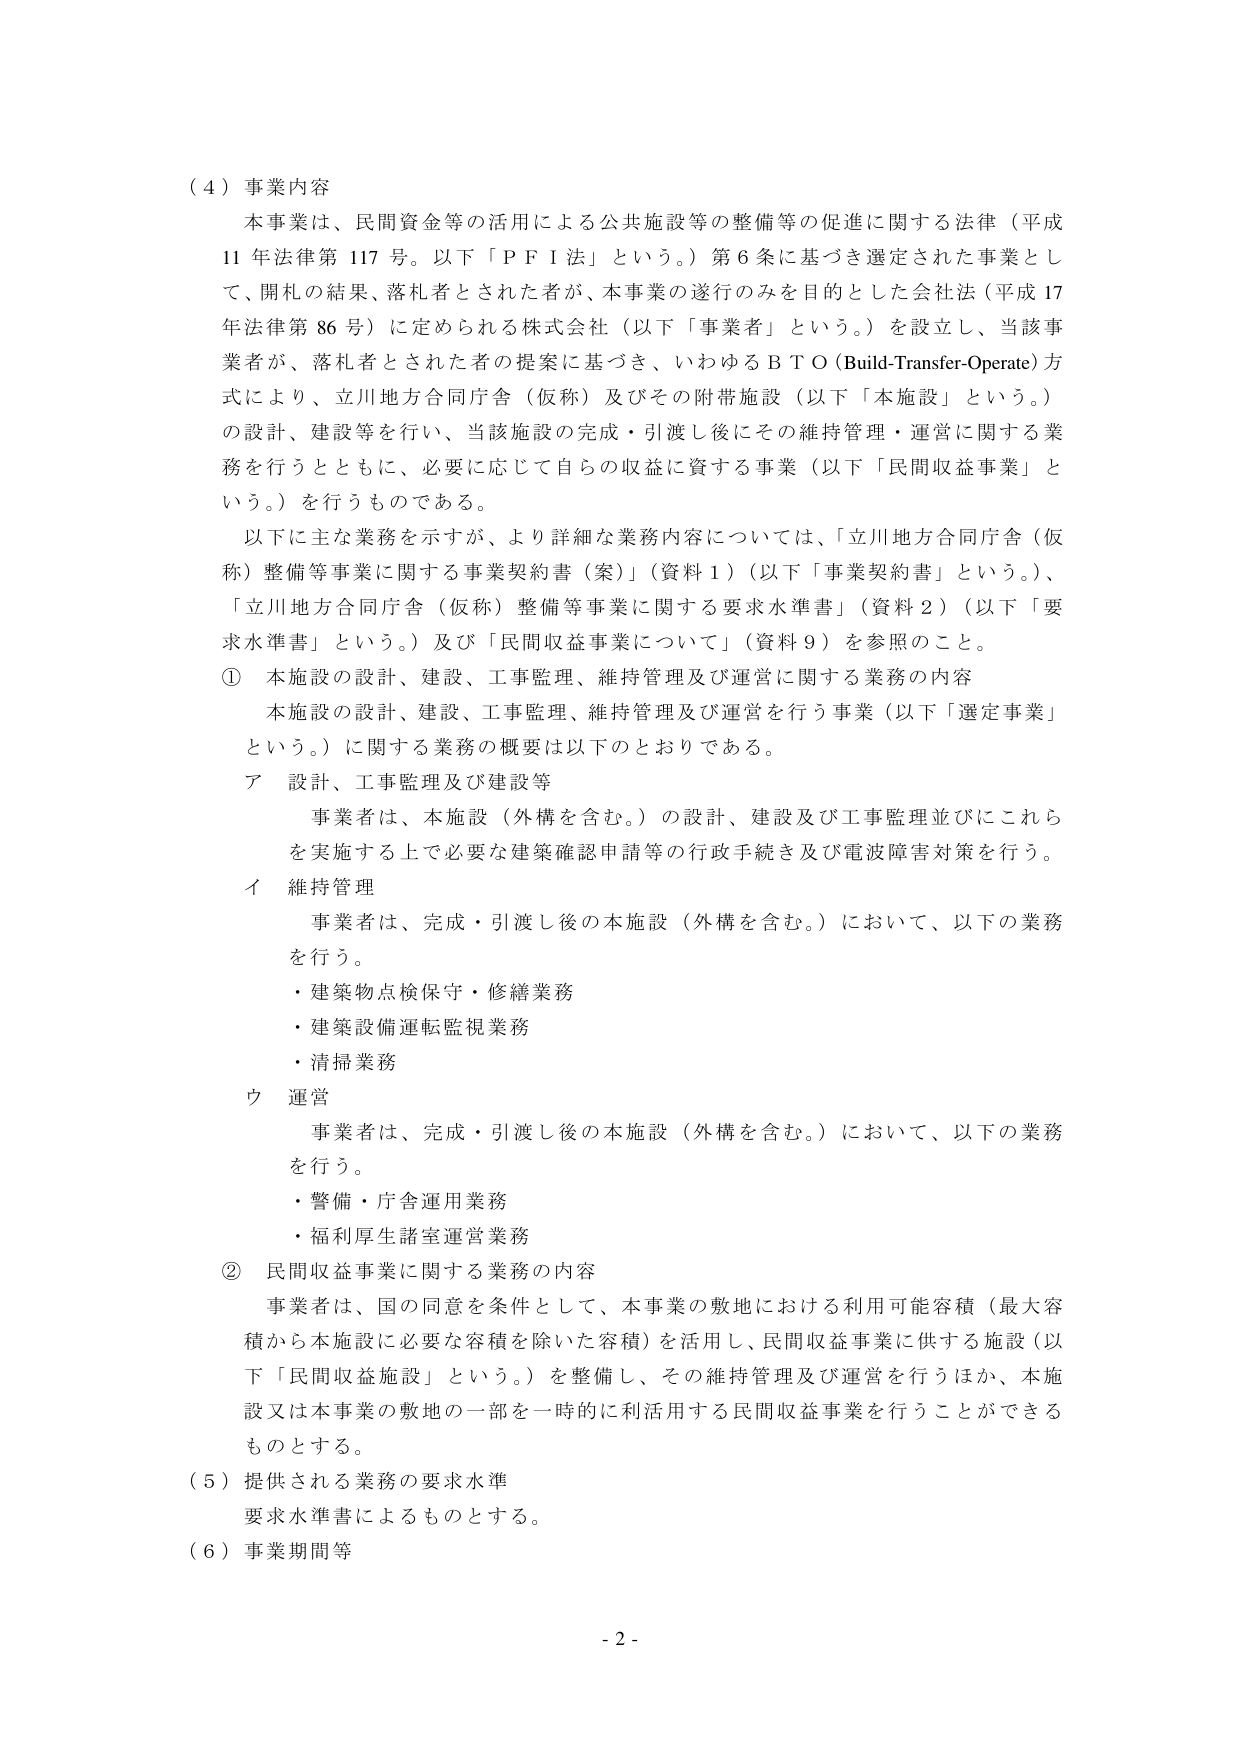
（４）事業内容
本事業は、民間資金等の活用による公共施設等の整備等の促進に関する法律（平成11年法律第117号。以下「ＰＦＩ法」という。）第6条に基づき選定された事業として、開札の結果、落札者とされた者が、本事業の遂行のみを目的とした会社法（平成17年法律第86号）に定められる株式会社（以下「事業者」という。）を設立し、当該事業者が、落札者とされた者の提案に基づき、いわゆるＢＴＯ（Build-Transfer-Operate）方式により、立川地方合同庁舎（仮称）及びその附帯施設（以下「本施設」という。）の設計、建設等を行い、当該施設の完成・引渡し後にその維持管理・運営に関する業務を行うとともに、必要に応じて自らの収益に資する事業（以下「民間収益事業」という。）を行うものである。

以下に主な業務を示すが、より詳細な業務内容については、「立川地方合同庁舎（仮称）整備等事業に関する事業契約書（案）」（資料1）（以下「事業契約書」という。）、「立川地方合同庁舎（仮称）整備等事業に関する要求水準書」（資料2）（以下「要求水準書」という。）及び「民間収益事業について」（資料9）を参照のこと。

① 本施設の設計、建設、工事監理、維持管理及び運営に関する業務の内容
　本施設の設計、建設、工事監理、維持管理及び運営を行う事業（以下「選定事業」という。）に関する業務の概要は以下のとおりである。

　ア 設計、工事監理及び建設等
　　事業者は、本施設（外構を含む。）の設計、建設及び工事監理並びにこれらを実施する上で必要な建築確認申請等の行政手続き及び電波障害対策を行う。

　イ 維持管理
　　事業者は、完成・引渡し後の本施設（外構を含む。）において、以下の業務を行う。
　　・建築物点検保守・修繕業務
　　・建築設備運転監視業務
　　・清掃業務

　ウ 運営
　　事業者は、完成・引渡し後の本施設（外構を含む。）において、以下の業務を行う。
　　・警備・庁舎運用業務
　　・福利厚生諸室運営業務

② 民間収益事業に関する業務の内容
　事業者は、国の同意を条件として、本事業の敷地における利用可能容積（最大容積から本施設に必要な容積を除いた容積）を活用し、民間収益事業に供する施設（以下「民間収益施設」という。）を整備し、その維持管理及び運営を行うほか、本施設又は本事業の敷地の一部を一時的に利活用する民間収益事業を行うことができるものとする。

（５）提供される業務の要求水準
　要求水準書によるものとする。

（６）事業期間等

- 2 -